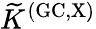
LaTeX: \widetilde{K}^{\mathrm{(GC,X)}}